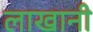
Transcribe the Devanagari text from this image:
लाखानी